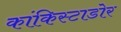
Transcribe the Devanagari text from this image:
कांकिस्टाडोर